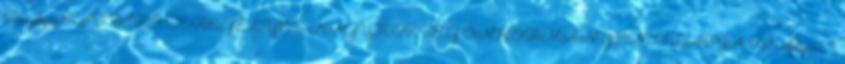
Seregélyesi KISBÍRÓ SEREGÉLYES NAGYKÖZSÉG ÖNKORMÁNYZATI LAPJA XI. évfolyam, 1.